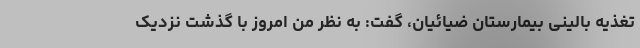
تغذیه بالینی بیمارستان ضیائیان، گفت: به نظر من امروز با گذشت نزدیک